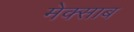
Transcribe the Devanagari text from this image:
मेक्साब